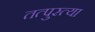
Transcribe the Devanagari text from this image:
तत्पुरत्या